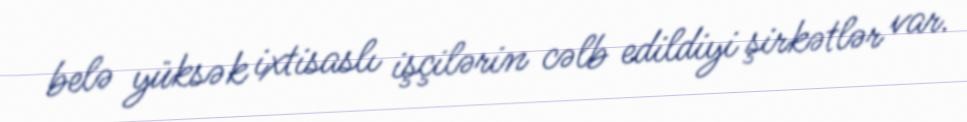
belə yüksək ixtisaslı işçilərin cəlb edildiyi şirkətlər var.